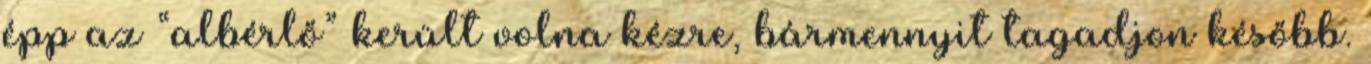
épp az “albérlő” került volna kézre, bármennyit tagadjon később.